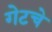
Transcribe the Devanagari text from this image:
गेटचे